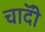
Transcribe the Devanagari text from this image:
चाॅदी